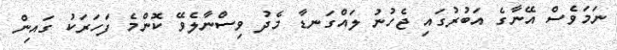
ނަމަވެސް އޭނާގެ އަބުރުގައި ޖެހުނު ލައްގަނޑާ މެދު ވިސްނާލެވޭ ކޮންމެ ފަހަރަކު ގައިން